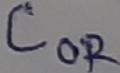
Text: COR